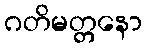
ဂတိမတ္တနော